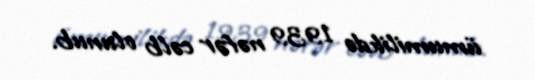
ümumilikdə 1939 nəfər cəlb olunub.